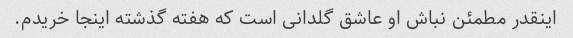
اینقدر مطمئن نباش او عاشق گلدانی است که هفته گذشته اینجا خریدم.